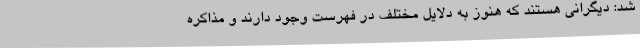
شد: دیگرانی هستند که هنوز به دلایل مختلف در فهرست وجود دارند و مذاکره